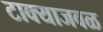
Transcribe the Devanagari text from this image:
टाक्याजवळ